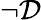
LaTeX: \neg\mathcal{D}